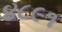
૪૮૯૧